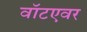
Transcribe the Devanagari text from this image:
वॉटएवर